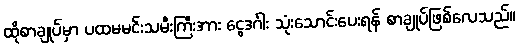
ထိုစာချုပ်မှာ ပထမမင်းသမီးကြီးအား ငွေဒင်္ဂါး သုံးသောင်းပေးရန် စာချုပ်ဖြစ်လေသည်။